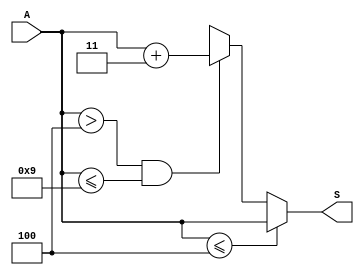
`timescale 1ns / 1ps
//////////////////////////////////////////////////////////////////////////////////
// Company: 
// Engineer: 
// 
// Design Name: 
// Module Name: add_3
// Project Name: 
// Target Devices: 
// Tool Versions: 
// Description: 
// 
// Dependencies: 
// 
// Revision:
// Revision 0.01 - File Created
// Additional Comments:
// 
//////////////////////////////////////////////////////////////////////////////////


module add_3(
    input [3:0] A,
    output reg [3:0] S

    );
    always@(A)
    begin 
        if ( A <= 4'b0100)
           S = A;
        else if (A > 4'b0100 & A <= 4'b1001)
           S = A + 3;
        else
           S = 4'bxxxx;
    end
           
    
    
endmodule